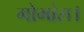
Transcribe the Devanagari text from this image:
गोमांस।